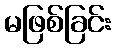
မဖြစ်ခြင်း